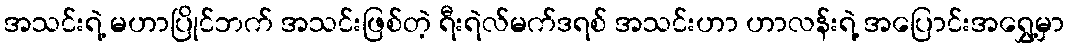
အသင်းရဲ့ မဟာပြိုင်ဘက် အသင်းဖြစ်တဲ့ ရီးရဲလ်မက်ဒရစ် အသင်းဟာ ဟာလန်းရဲ့ အပြောင်းအရွှေ့မှာ